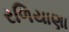
રળિયાણા